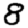
Digit: 8